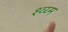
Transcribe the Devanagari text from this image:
श्व्य्म